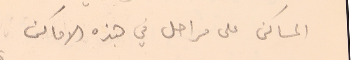
المساكن على مراحل في هذه الاماكن.